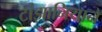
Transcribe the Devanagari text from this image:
टांझानियाने